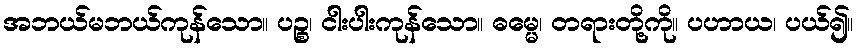
အဘယ်မဘယ်ကုန်သော။ ပဉ္စ၊ ငါးပါးကုန်သော။ ဓမ္မေ၊ တရားတို့ကို။ ပဟာယ၊ ပယ်၍။